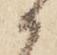
候